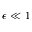
\epsilon \ll 1